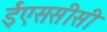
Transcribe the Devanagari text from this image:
ईएससीसी